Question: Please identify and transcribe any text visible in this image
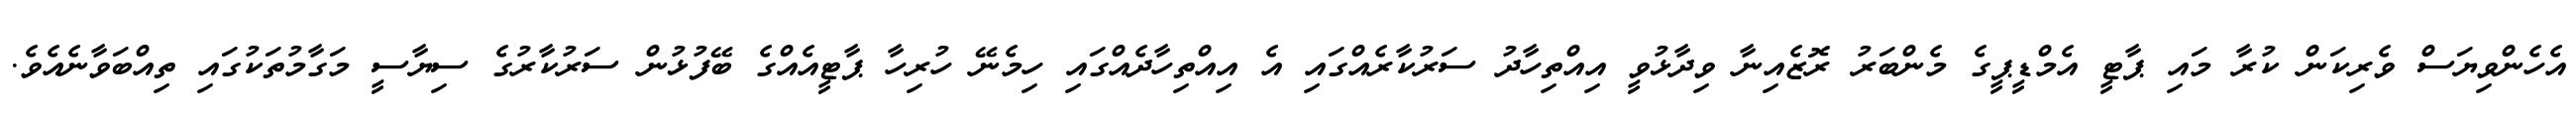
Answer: އެހެންވިޔަސް ވެރިކަން ކުރާ މައި ޕާޓީ އެމްޑީޕީގެ މެންބަރު ރޮޒެއިނާ ވިދާޅުވީ އިއްތިހާދު ސަރުކާރެއްގައި އެ އިއްތިހާދެއްގައި ހިމެނޭ ހުރިހާ ޕާޓީއެއްގެ ބޭފުޅުން ސަރުކާރުގެ ސިޔާސީ މަގާމުތަކުގައި ތިއްބަވާނެއެވެ.